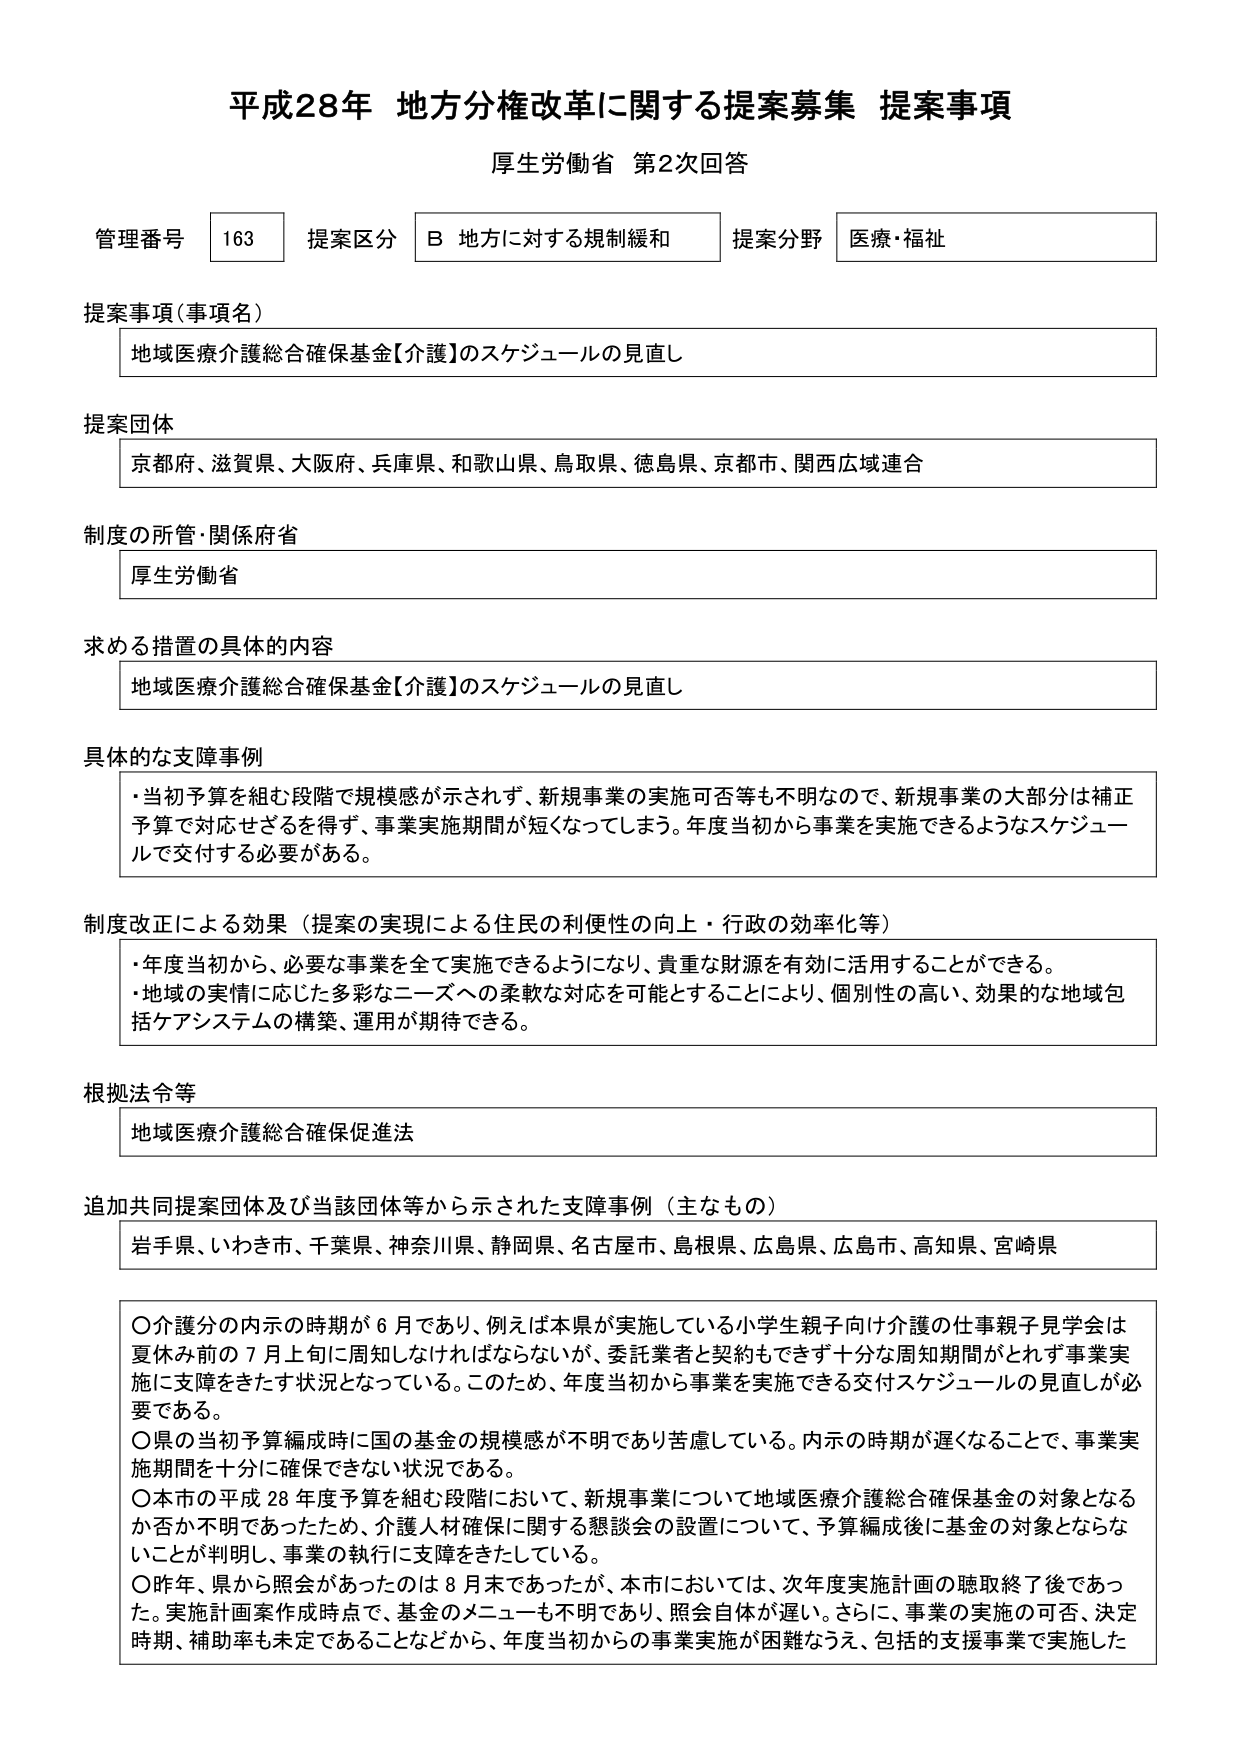
平成28年 地方分権改革に関する提案募集 提案事項
厚生労働省 第2次回答

管理番号 163 提案区分 B 地方に対する規制緩和 提案分野 医療・福祉

提案事項（事項名）
地域医療介護総合確保基金【介護】のスケジュールの見直し

提案団体
京都府、滋賀県、大阪府、兵庫県、和歌山県、鳥取県、徳島県、京都市、関西広域連合

制度の所管・関係府省
厚生労働省

求める措置の具体的内容
地域医療介護総合確保基金【介護】のスケジュールの見直し

具体的な支障事例
・当初予算を組む段階で規模感が示されず、新規事業の実施可否等も不明なので、新規事業の大部分は補正予算で対応せざるを得ず、事業実施期間が短くなってしまう。年度当初から事業を実施できるようなスケジュールで交付する必要がある。

制度改正による効果（提案の実現による住民の利便性の向上・行政の効率化等）
・年度当初から、必要な事業を全て実施できるようになり、貴重な財源を有効に活用することができる。
・地域の実情に応じた多彩なニーズへの柔軟な対応を可能とすることにより、個別性の高い、効果的な地域包括ケアシステムの構築、運用が期待できる。

根拠法令等
地域医療介護総合確保促進法

追加共同提案団体及び当該団体等から示された支障事例（主なもの）
岩手県、いわき市、千葉県、神奈川県、静岡県、名古屋市、島根県、広島県、広島市、高知県、宮崎県

〇介護分の内示の時期が６月であり、例えば本県が実施している小学生親子向け介護の仕事親子見学会は夏休み前の７月上旬に周知しなければならないが、委託業者と契約もできず十分な周知期間がとれず事業実施に支障をきたす状況となっている。このため、年度当初から事業を実施できる交付スケジュールの見直しが必要である。
〇県の当初予算編成時に国の基金の規模感が不明であり苦慮している。内示の時期が遅くなることで、事業実施期間を十分に確保できない状況である。
〇本市の平成28年度予算を組む段階において、新規事業について地域医療介護総合確保基金の対象となるか否か不明であったため、介護人材確保に関する懇談会の設置について、予算編成後に基金の対象とならないことが判明し、事業の執行に支障をきたしている。
〇昨年、県から照会があったのは８月末であったが、本市においては、次年度実施計画の聴取終了後であった。実施計画案作成時点で、基金のメニューも不明であり、照会自体が遅い。さらに、事業の実施の可否、決定時期、補助率も未定であることなどから、年度当初からの事業実施が困難なうえ、包括的支援事業で実施した